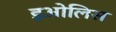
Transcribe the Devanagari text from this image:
इओलिस